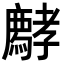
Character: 𡦱